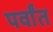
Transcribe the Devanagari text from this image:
पर्वांत